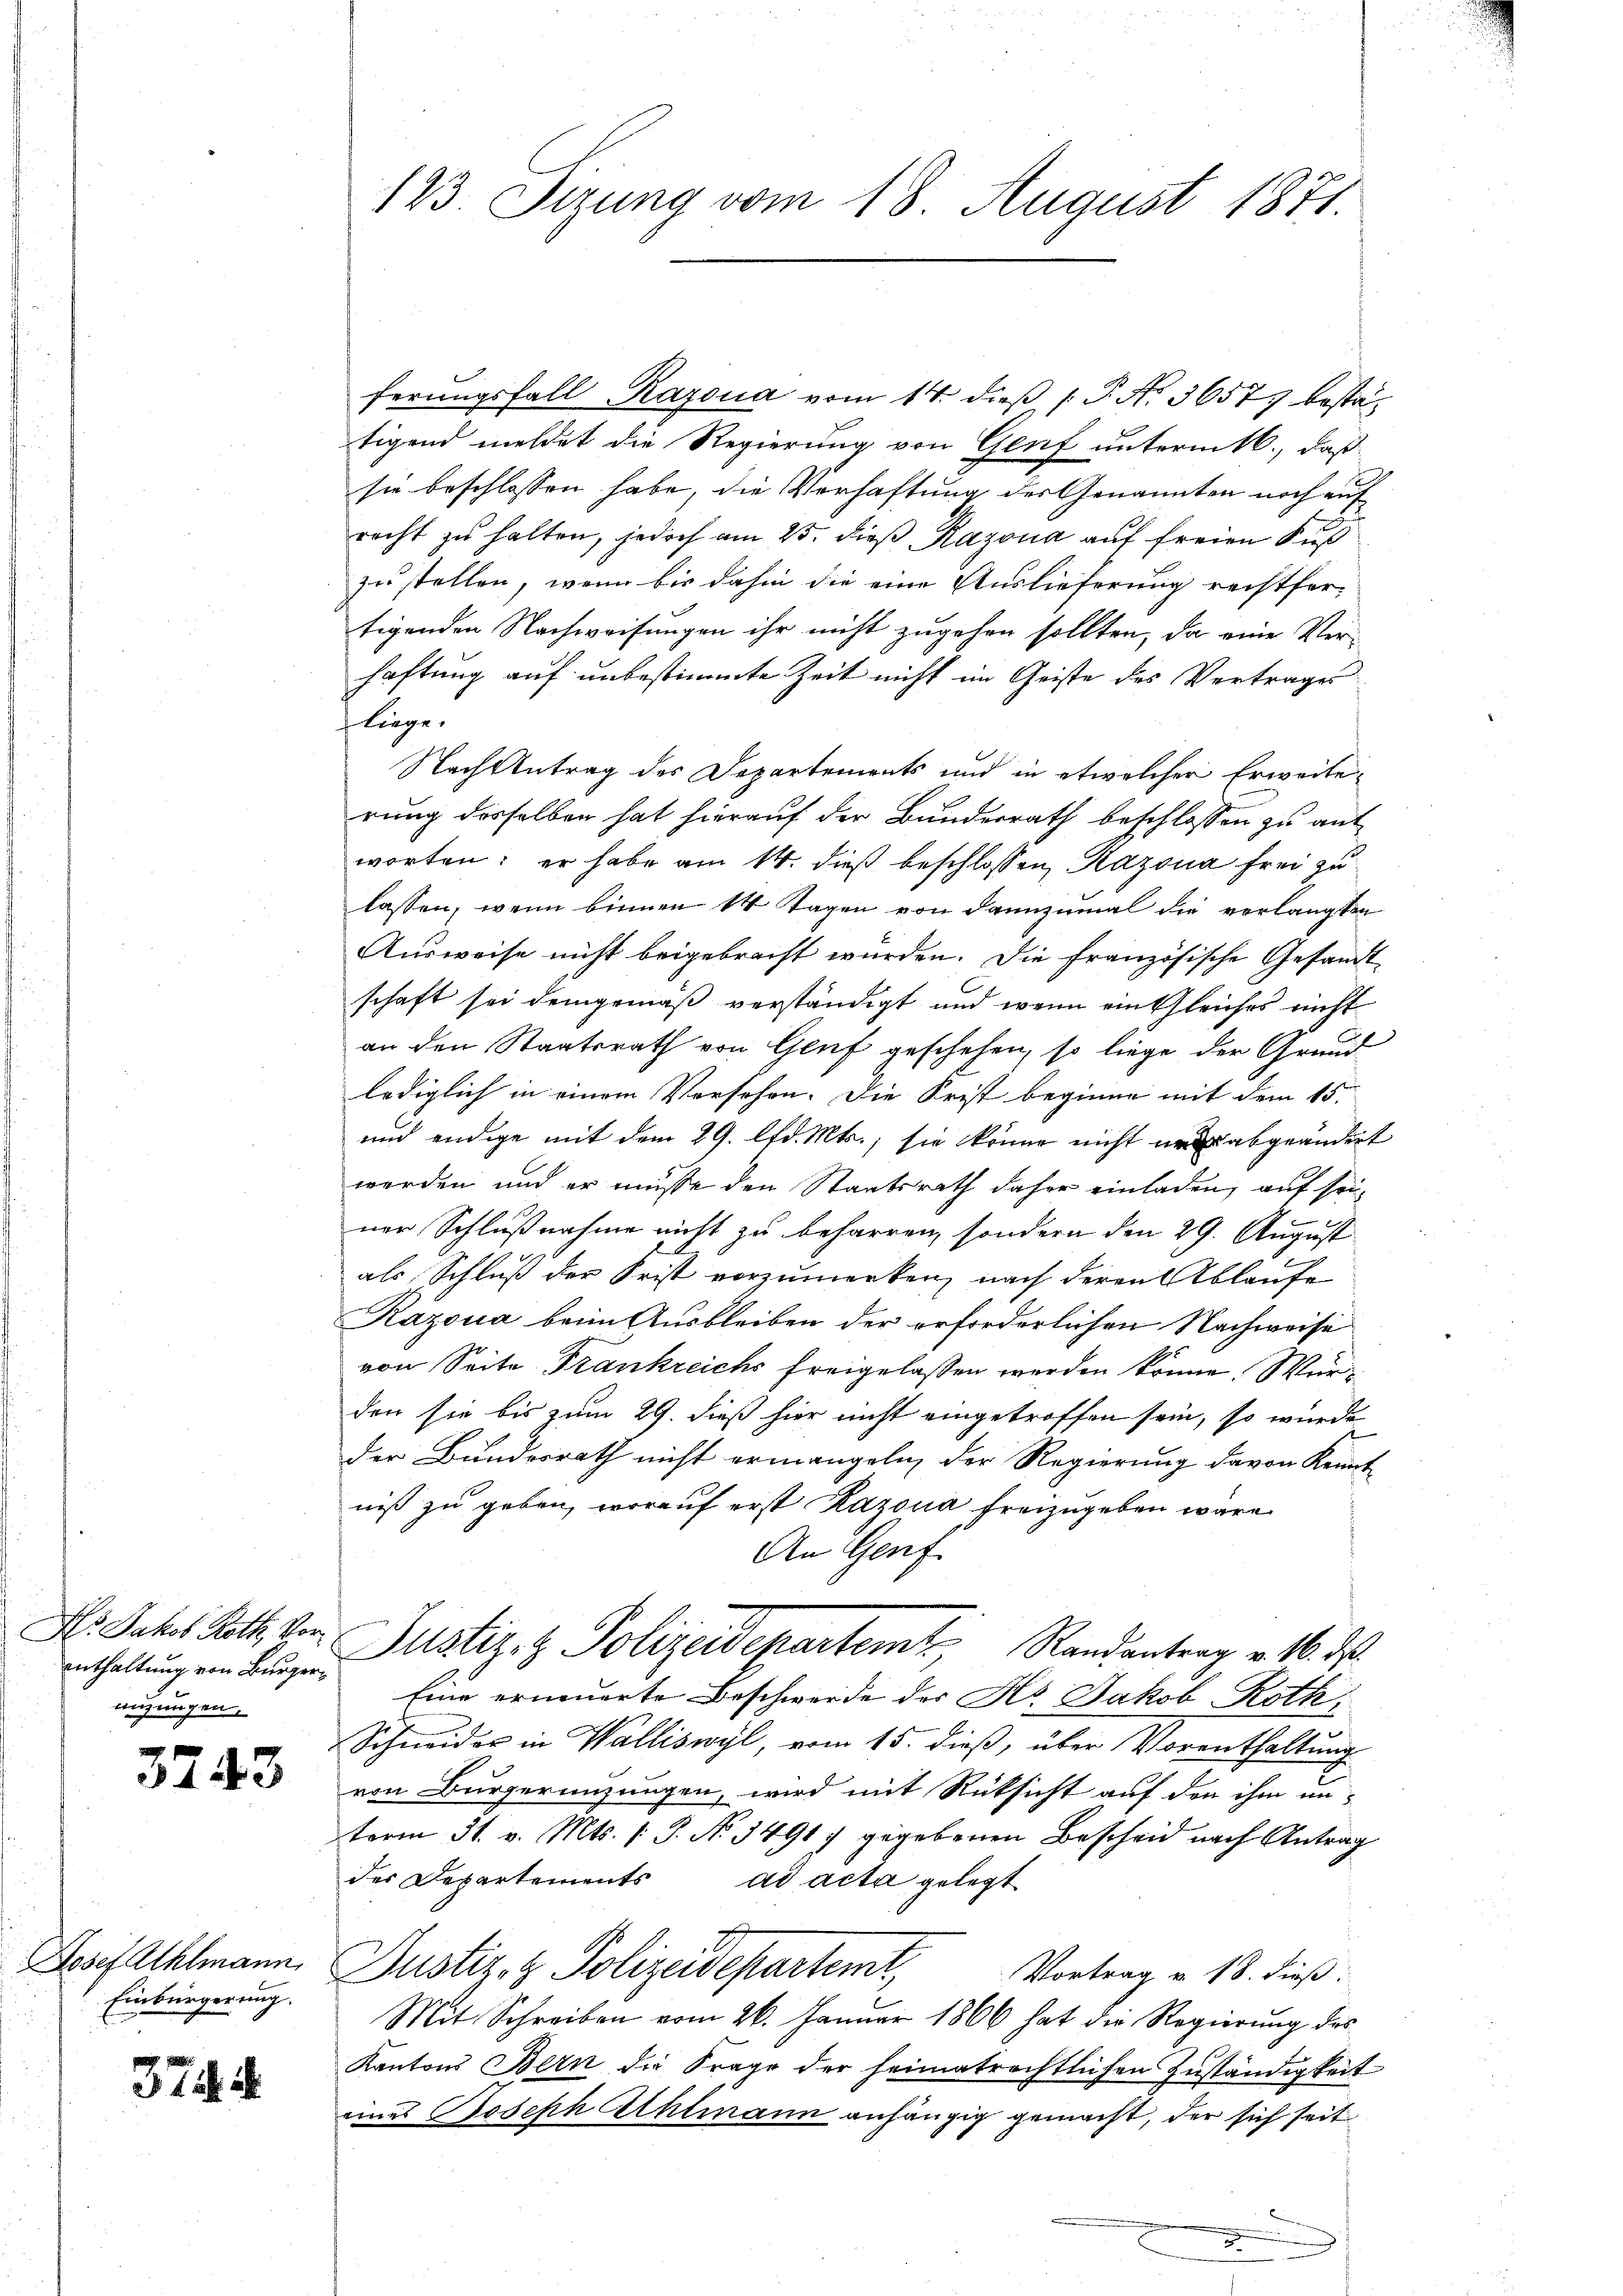
Hs. Jakob Roth, Vorenthaltung von Bürgernigungen.

3243

Josef Athlmann
Einbürgerung.

372.

123. Setzung vom 18. August 1871.

ferungsfall Razona vom 14. dieß P. Nr. 36577 bestätigend meldet die Regierung von Genf unterm 16., daß
sie beschlossen habe, die Verhaftung des Genannten noch auf
recht zu halten, jedoch am 25. dieß Razona auf freien Sus
zustellen, wenn bis dahin die eine Auslieferung rechtfer-
tigenden Nachweisungen ihr nicht zugehen sollten, da eine Ver-
haftung auf unbestimmte Zeit nicht im Geiste des Vertrages
fliege.
Nach Antrag des Departements und in etwelcher Erweiterung desselben hat hierauf der Bunderrath beschlossen zu antworten; er habe am 14. dieß beschlossen, Razona frei zu
lassen, wenn binnen 14 Tagen von dannzumal die verlangten
Ausweise nicht beigebracht wurden. Die französische Gesandt
schaft sei demgemäß verständigt und wenn ein Gleiches nicht
an den Staatsrath von Genf geschehen, so liege der Grund
lediglich in einem Versehen. Die Frist beginne mit dem 15.
und endige mit dem 29. lfd. Mts., sie könne nicht und abgeändert
werden und er müsse den Staatsrath daher einladen, auf seiner Schlußnahme nicht zu beharren, sondern den 29. August
als Schluß der Frist vorzumerken, nach deren Ablaufe
Razona beim Ausbleiben der erforderlichen Nachweise
von Seite Frankreichs freigelassen werden könne. Würden sie bis zum 29. dieß hier nicht eingetroffen sein, so wurde
der Bundesrath nicht ermangeln, der Regierung davon Kenntniß zu geben, worauf erst Razona freizugeben wäre.
An Genf
Justiz- & Polizeidepartem Randantrag v. 16. d.
Eine erneuerte Beschwerde der Hs. Jakob Roth,
Schneider in Walliswyl, vom 15. dieß, über Vorenthaltung
von Bürgerenzungen, wird mit Rücksicht auf den ihm unterm 31. v. Mts. S. No. 1491 7 gegebenen Bescheid nach Antrag
der Departements ad acta gelegt
Justiz- & Polizeidepartemt,
Vortrag v. 18. dieß:
Mit Schreiben vom 26. Januar 1866 hat die Regierung des
Kantons Bern die Frage der heimatrechtlichen Zuständigkeit
eines Joseph Ahlmann anhängig gemacht, der sich seit
e
.